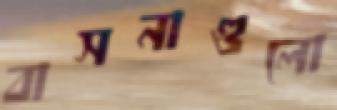
বাসনাগুলো